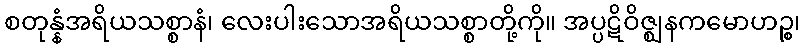
စတုန္နံအရိယသစ္စာနံ၊ လေးပါးသောအရိယသစ္စာတို့ကို။ အပ္ပဋိဝိဇ္ဈနကမောဟဉ္စ၊